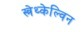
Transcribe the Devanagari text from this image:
स्त्रेथ्केल्विन